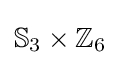
\mathbb {S} _{3}\times \mathbb {Z} _{6}